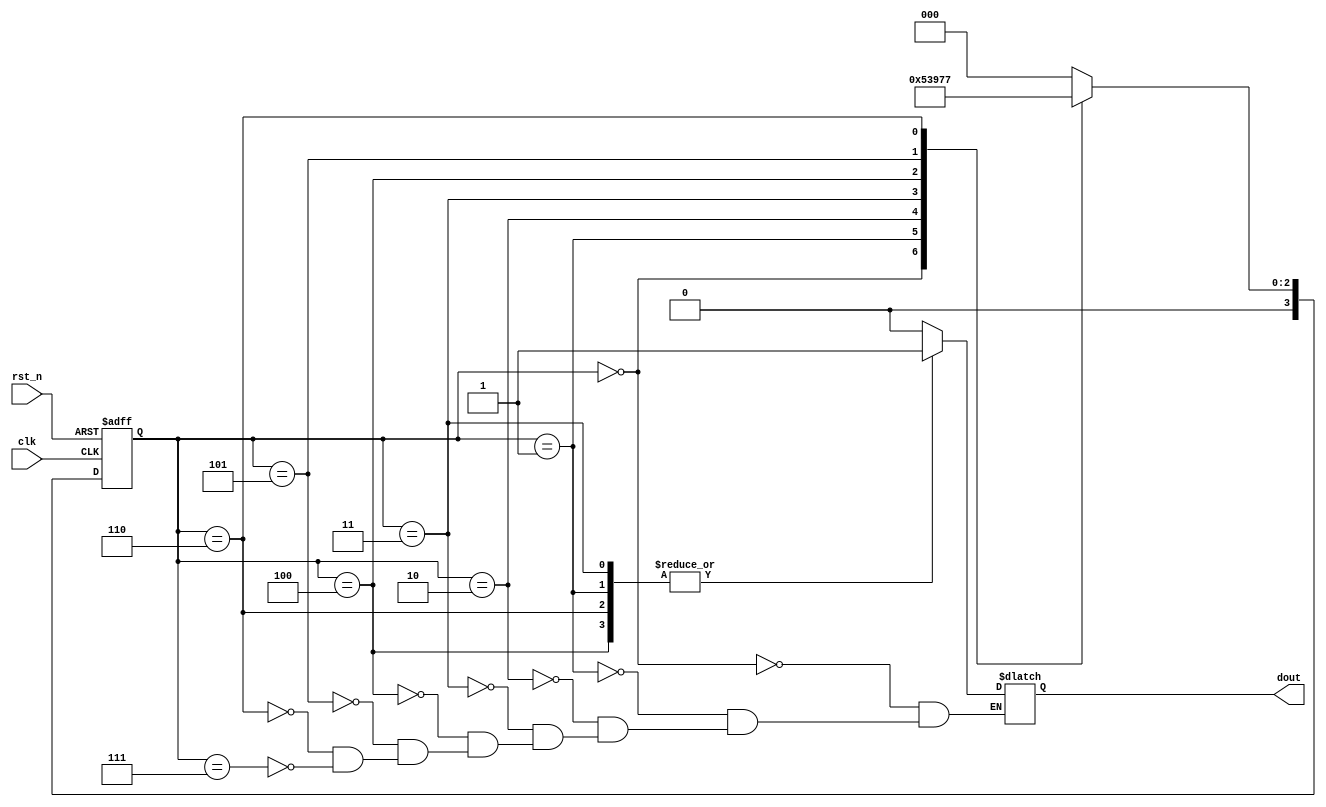
//01011010  
module sequence_signal(  
    input clk,
    input rst_n, 
    output reg dout 
     );  
//    reg dout;  
    reg [3:0] pre_state, next_state;  

            
    always @(posedge clk or negedge rst_n)  
        begin  
            if(rst_n == 0)  
                pre_state <= 3'b000;  
            else  
                pre_state <= next_state;  
        end  
  
    always @(pre_state)  
        begin  
            case(pre_state)  
                 3'b000:  
                    begin  
                        dout = 1'b0;  
                        next_state <=  3'b001;  
                    end  
                3'b001:  
                    begin  
                        dout = 1'b1;  
                        next_state =  3'b010;  
                    end  
                 3'b010:  
                    begin  
                        dout = 1'b0;  
                        next_state = 3'b011;  
                    end  
                3'b011:  
                    begin  
                        dout = 1'b1;  
                        next_state = 3'b100;  
                    end  
                3'b100:  
                    begin  
                        dout = 1'b1;  
                        next_state = 3'b101;  
                    end  
                3'b101:  
                    begin  
                    dout = 1'b0;  
                    next_state =3'b110;  
                    end
                3'b110:  
                    begin  
                    dout = 1'b1;  
                    next_state =3'b111;  
                    end
                3'b111:  
                    begin  
                    dout = 1'b0;  
                    next_state = 3'b000;  
                    end                                            
                default: next_state = 3'b000;  
            endcase  
        end  
  
endmodule